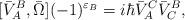
LaTeX: \begin{align*}[\bar{V}^B_A,\bar{\Omega}](-1)^{\varepsilon_B}=i\hbar\bar{V}^C_A\bar{V}^B_C,\end{align*}